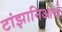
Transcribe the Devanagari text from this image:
टांझानिआचे